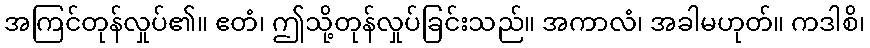
အကြင်တုန်လှုပ်၏။ ဧတံ၊ ဤသို့တုန်လှုပ်ခြင်းသည်။ အကာလံ၊ အခါမဟုတ်။ ကဒါစိ၊